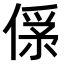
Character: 𠌀